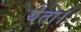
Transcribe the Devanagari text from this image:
येता।